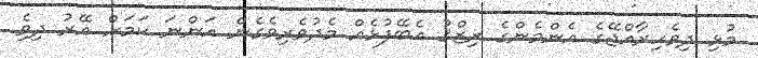
މުޅި ދިވެހިރާއްޖޭގެ އެންމެންގެ ރިޒްޤު އެބޭފުޅެއް މެދުވެރިވެގެން އަންނަ ކަމަށް އޭރު ދިވެި